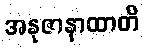
အနုဇာနာထာတိ